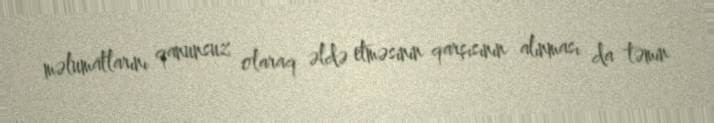
məlumatlarını qanunsuz olaraq əldə etməsinin qarşısının alınması da təmin